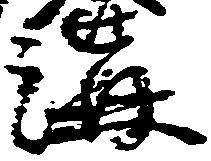
溝